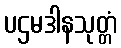
ပဌမဒါနသုတ္တံ